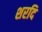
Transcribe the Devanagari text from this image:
शरदि